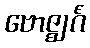
ဗောဇ္ဈင်္ဂံ